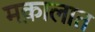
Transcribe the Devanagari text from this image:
मक़ालात